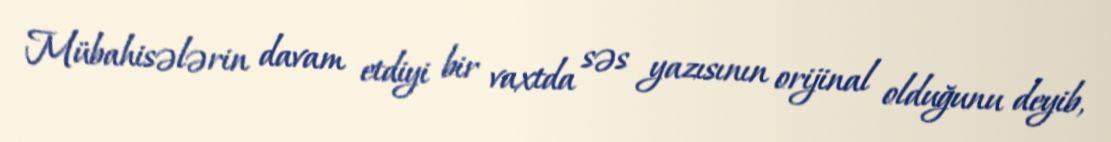
Mübahisələrin davam etdiyi bir vaxtda səs yazısının orijinal olduğunu deyib,